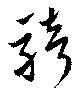
騎